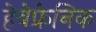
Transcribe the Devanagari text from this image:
हेबेफ्रेनिक